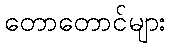
တောတောင်များ